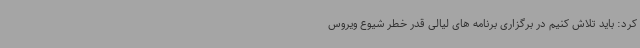
کرد: باید تلاش کنیم در برگزاری برنامه های لیالی قدر خطر شیوع ویروس